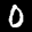
Label: 0